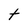
Character: t